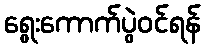
ရွေးကောက်ပွဲဝင်ရန်